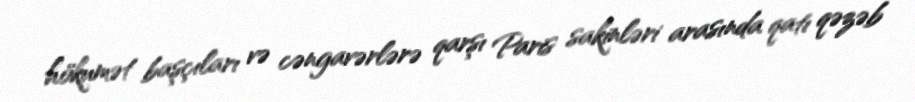
hökumət başçıları və cəngavərlərə qarşı Paris sakinləri arasında qatı qəzəb